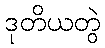
ဒုတိယတွဲ